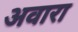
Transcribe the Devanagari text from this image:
अवारा